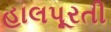
હાલપૂરતી